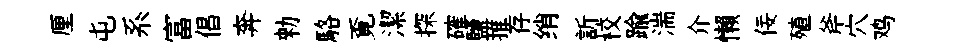
厘屯系富倡奔勑駱覔潔探確鹽推存绡訢校踰湍介懶佞殖斧穴鸡